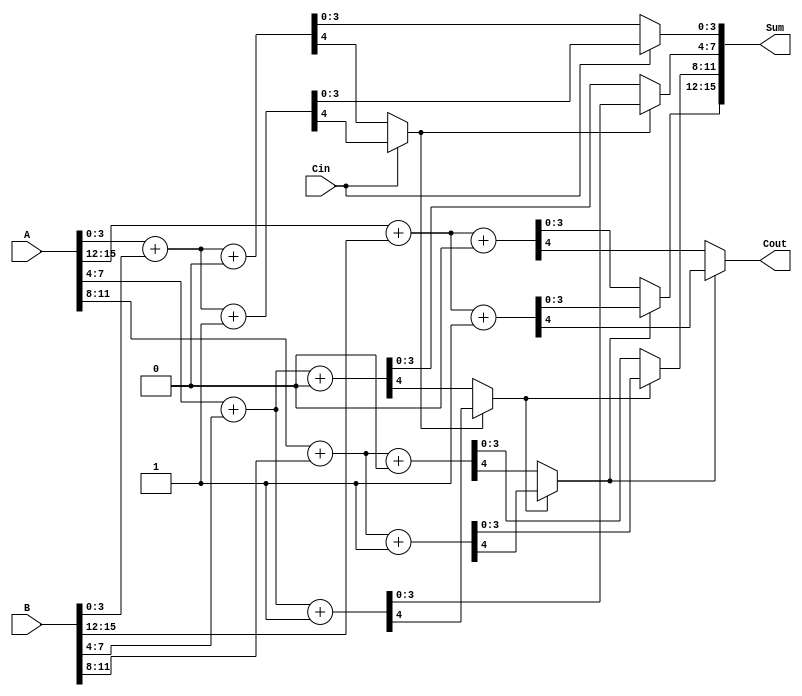
module DynamicCarrySelectAdder #(
    parameter WIDTH = 16,  // Total bit-width of the adder
    parameter SEGMENT_SIZE = 4  // Size of each segment
)(
    input [WIDTH-1:0] A,  // First operand
    input [WIDTH-1:0] B,  // Second operand
    input Cin,            // Carry-in
    output [WIDTH-1:0] Sum, // Sum output
    output Cout           // Carry-out
);

    localparam NUM_SEGMENTS = WIDTH / SEGMENT_SIZE;

    // Intermediate signals
    wire [SEGMENT_SIZE-1:0] sum0 [0:NUM_SEGMENTS-1]; // Sums for carry-in = 0
    wire [SEGMENT_SIZE-1:0] sum1 [0:NUM_SEGMENTS-1]; // Sums for carry-in = 1
    wire [NUM_SEGMENTS-1:0] carry0; // Carry-outs for carry-in = 0
    wire [NUM_SEGMENTS-1:0] carry1; // Carry-outs for carry-in = 1
    wire [NUM_SEGMENTS-1:0] carry_select; // Selected carry-out

    // Generate sums and carries for each segment
    genvar i;
    generate
        for (i = 0; i < NUM_SEGMENTS; i = i + 1) begin : segment
            wire [SEGMENT_SIZE-1:0] A_seg = A[i*SEGMENT_SIZE +: SEGMENT_SIZE];
            wire [SEGMENT_SIZE-1:0] B_seg = B[i*SEGMENT_SIZE +: SEGMENT_SIZE];

            // Calculate sums and carries for carry-in = 0
            assign {carry0[i], sum0[i]} = A_seg + B_seg + 1'b0;

            // Calculate sums and carries for carry-in = 1
            assign {carry1[i], sum1[i]} = A_seg + B_seg + 1'b1;
        end
    endgenerate

    // Select the appropriate sum and carry based on the carry-in
    wire [NUM_SEGMENTS-1:0] carry_in;
    assign carry_in[0] = Cin; // First segment uses the external carry-in

    generate
        for (i = 0; i < NUM_SEGMENTS; i = i + 1) begin : mux
            if (i == 0) begin
                // For the first segment, select based on Cin
                assign Sum[i*SEGMENT_SIZE +: SEGMENT_SIZE] = (carry_in[i] ? sum1[i] : sum0[i]);
                assign carry_select[i] = (carry_in[i] ? carry1[i] : carry0[i]);
            end else begin
                // For subsequent segments, use the carry from the previous segment
                assign carry_in[i] = carry_select[i-1];
                assign Sum[i*SEGMENT_SIZE +: SEGMENT_SIZE] = (carry_in[i] ? sum1[i] : sum0[i]);
                assign carry_select[i] = (carry_in[i] ? carry1[i] : carry0[i]);
            end
        end
    endgenerate

    // Final carry-out
    assign Cout = carry_select[NUM_SEGMENTS-1];

endmodule